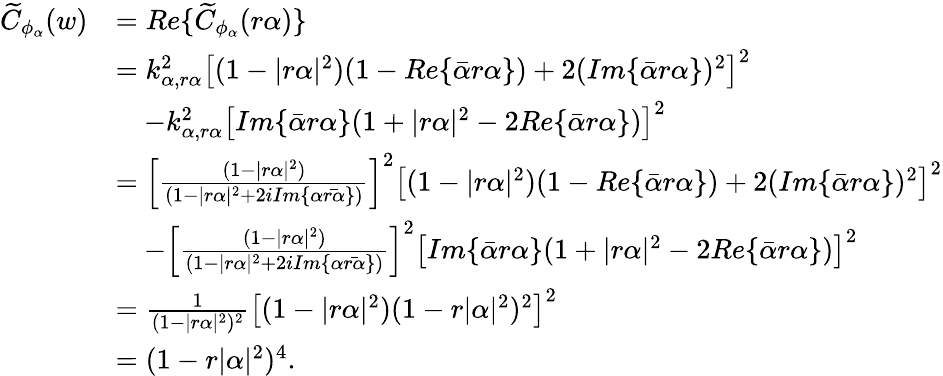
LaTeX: \begin{array}{rl}{\widetilde{C}_{\phi_{\alpha}}(w)}&{=Re\{ \widetilde{C}_{\phi_{\alpha}}(r\alpha)\} }\\ &{=k_{\alpha,r\alpha}^{2}\left[(1-|r\alpha|^{2})(1-Re\{ \bar{\alpha}r\alpha\} )+2(Im\{ \bar{\alpha}r\alpha\} )^{2}\right]^{2}}\\ &{\quad-k_{\alpha,r\alpha}^{2}\left[Im\{ \bar{\alpha}r\alpha\} (1+|r\alpha|^{2}-2Re\{ \bar{\alpha}r\alpha\} )\right]^{2}}\\ &{=\left[\frac{(1-|r\alpha|^{2})}{(1-|r\alpha|^{2}+2iIm\{ \alpha\bar{r\alpha}\} )}\right]^{2}\left[(1-|r\alpha|^{2})(1-Re\{ \bar{\alpha}r\alpha\} )+2(Im\{ \bar{\alpha}r\alpha\} )^{2}\right]^{2}}\\ &{\quad-\left[\frac{(1-|r\alpha|^{2})}{(1-|r\alpha|^{2}+2iIm\{ \alpha\bar{r\alpha}\} )}\right]^{2}\left[Im\{ \bar{\alpha}r\alpha\} (1+|r\alpha|^{2}-2Re\{ \bar{\alpha}r\alpha\} )\right]^{2}}\\ &{=\frac{1}{(1-|r\alpha|^{2})^{2}}\left[(1-|r\alpha|^{2})(1-r|\alpha|^{2})^{2}\right]^{2}}\\ &{=(1-r|\alpha|^{2})^{4}.}\end{array}